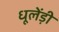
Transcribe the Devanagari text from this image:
धूलेंड़ी